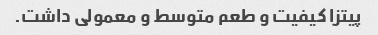
پیتزا کیفیت و طعم متوسط و معمولی داشت.